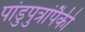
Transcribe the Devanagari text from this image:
पांडुपुत्रांपैकी